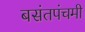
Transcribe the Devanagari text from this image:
बसंतपंचमी